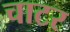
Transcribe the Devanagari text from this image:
चाटर